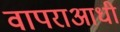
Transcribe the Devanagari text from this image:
वापराआधी